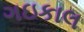
ગઇકાલ